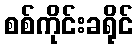
စစ်ကိုင်းခရိုင်